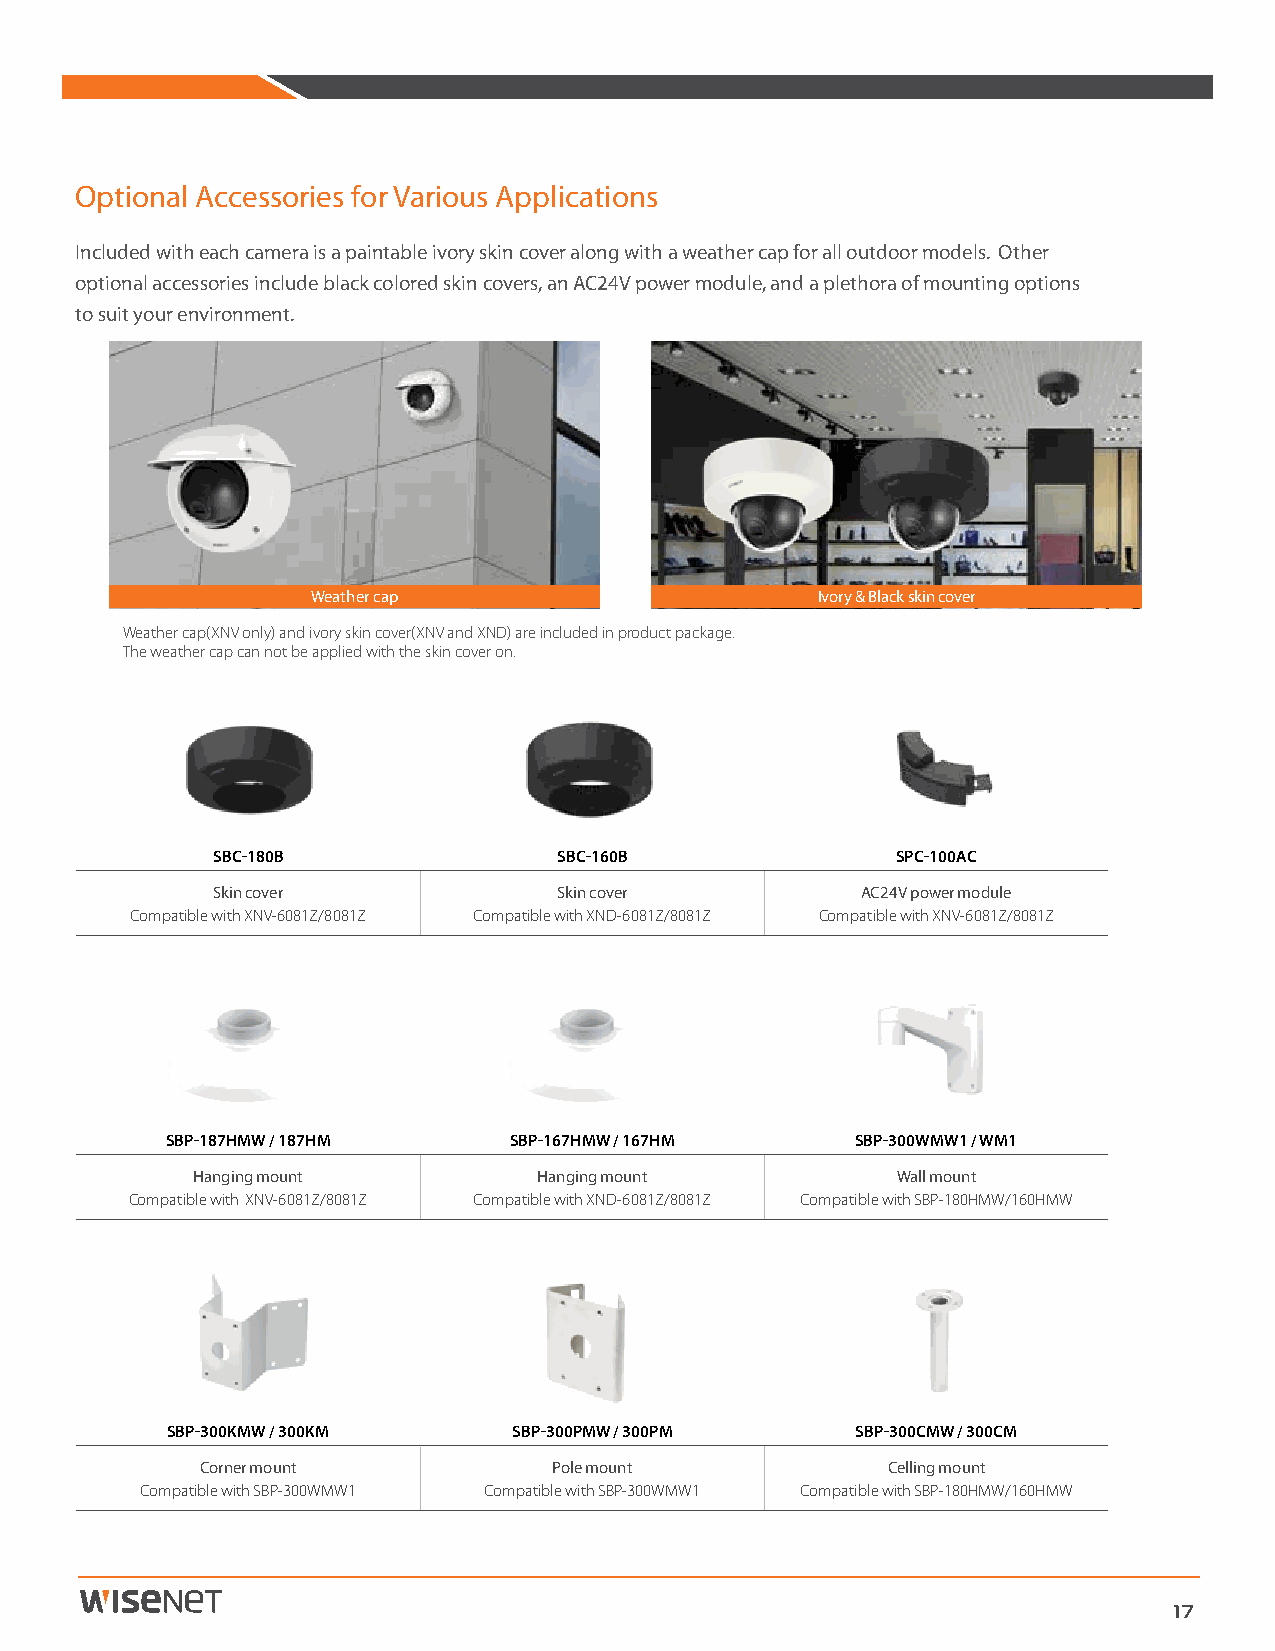
Optional Accessories for Various Applications
 Included with each camera is a paintable ivory skin cover along with a weather cap for all outdoor models. Other
 optional accessories include black colored skin covers, an AC24V power module, and a plethora of mounting options
 to suit your environment.
 Weather cap                      Ivory & Black skin cover
 Weather cap(XNV only) and ivory skin cover(XNV and XND) are included in product package.
 The weather cap can not be applied with the skin cover on.
 SBC-180B               SBC-160B              SPC-100AC
 Skin cover             Skin cover          AC24V power module
 Compatible with XNV-6081Z/8081Z Compatible with XND-6081Z/8081Z Compatible with XNV-6081Z/8081Z
 SBP-187HMW / 187HM     SBP-167HMW / 167HM     SBP-300WMW1 / WM1
 Hanging mount          Hanging mount          Wall mount
 Compatible with XNV-6081Z/8081Z Compatible with XND-6081Z/8081Z Compatible with SBP-180HMW/160HMW
 SBP-300KMW / 300KM     SBP-300PMW / 300PM     SBP-300CMW / 300CM
 Corner mount            Pole mount            Celling mount
 Compatible with SBP-300WMW1 Compatible with SBP-300WMW1 Compatible with SBP-180HMW/160HMW
 17